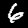
Digit: 6